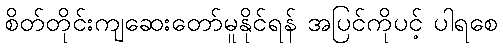
စိတ်တိုင်းကျဆေးတော်မူနိုင်ရန် အပြင်ကိုပင့် ပါရစေ